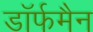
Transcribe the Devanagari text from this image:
डॉर्फमैन